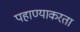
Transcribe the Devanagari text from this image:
पहाण्याकरता